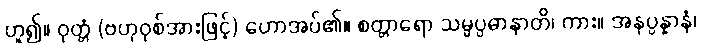
ဟူ၍။ ဝုတ္တံ (ဗဟုဝုစ်အားဖြင့်) ဟောအပ်၏။ စတ္တာရော သမ္မပ္ပဓာနာတိ၊ ကား။ အနုပ္ပန္နာနံ၊